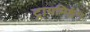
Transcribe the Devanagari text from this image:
ट्रायम्फिंग